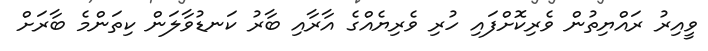
ވީއިރު ރައްޔިތުން ވެރިކޮށްފައި ހުރި ވެރިޔެއްގެ އާރާއި ބާރު ކަނޑުވާލަން ކިތަންމެ ބާރަށް